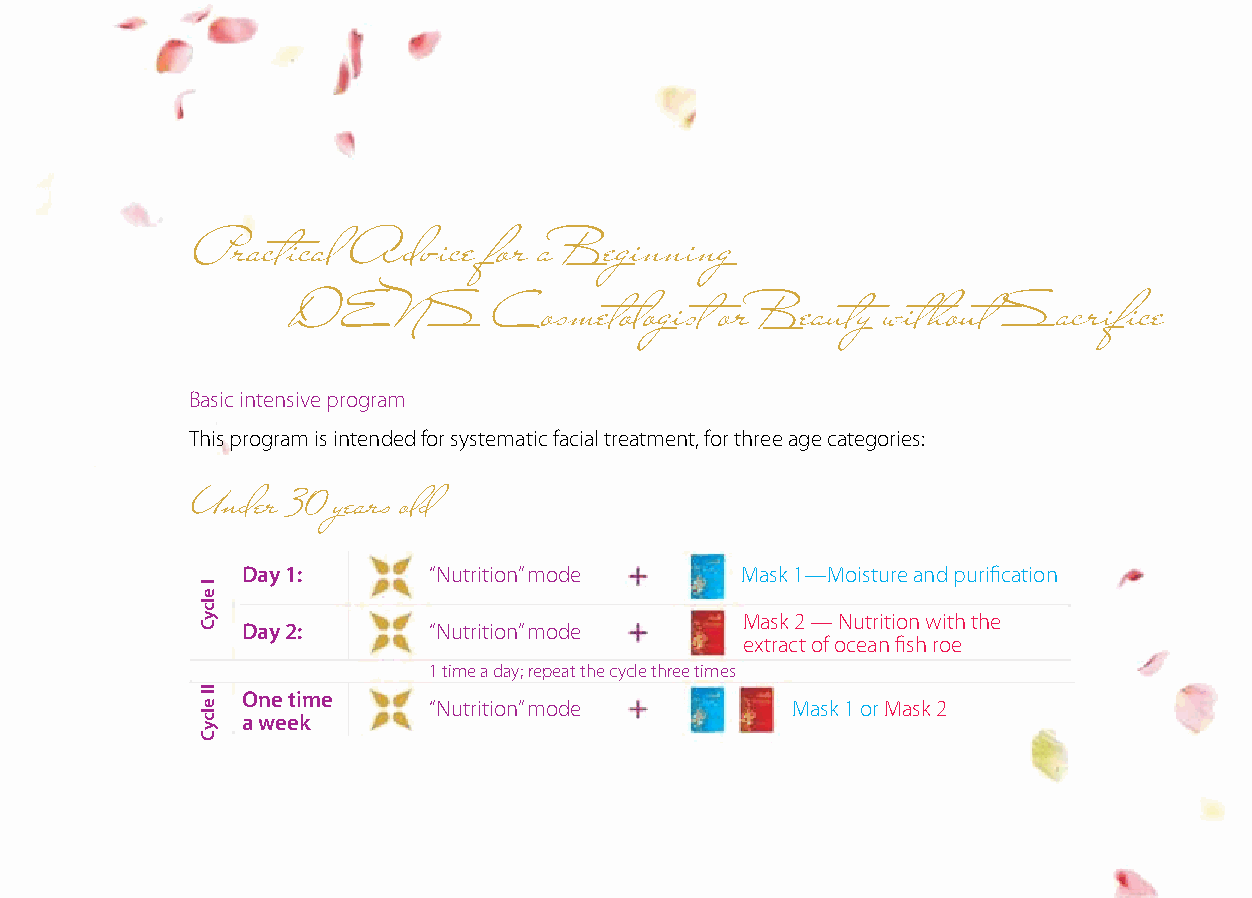
Practical Advice   for a Beginning
 DENS          Cosmetologist  or Beauty without Sacrifice
 Basic intensive program
 This program is intended for systematic facial treatment, for three age categories:
 Under 30 years old
 Day 1:      “Nutrition” mode     Mask 1—Moisture and purification
 Mask 2 — Nutrition with the
 Day 2:      “Nutrition” mode
 extract of ocean fish roe
 1 time a day; repeat the cycle three times
 One time
 “Nutrition” mode        Mask 1 or Mask 2
 a week
 I
 elcyC
 II
 elcyC